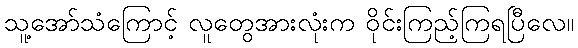
သူ့အော်သံကြောင့် လူတွေအားလုံးက ဝိုင်းကြည့်ကြရပြီလေ။